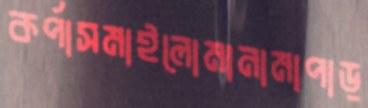
কর্পাসমাইলোমানামাপাড়